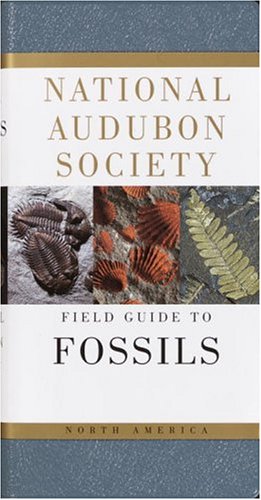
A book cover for National Audubon Society Field Guide to North American Fossils; Ida Thompson; Science & Math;